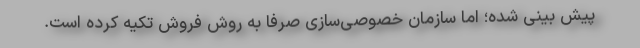
پیش بینی شده؛ اما سازمان خصوصی‌سازی صرفا به روش فروش تکیه کرده است.